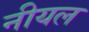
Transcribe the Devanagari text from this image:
नीयल